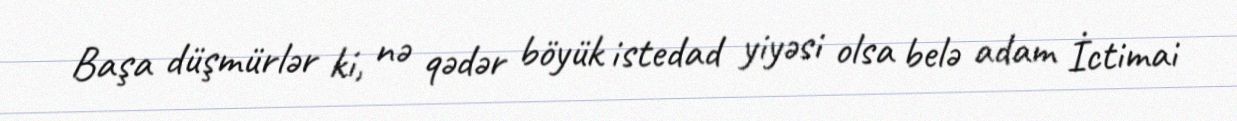
Başa düşmürlər ki, nə qədər böyük istedad yiyəsi olsa belə adam İctimai